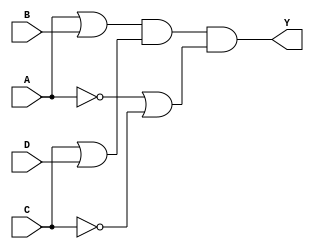
module pos_simplification (
    input wire A,      // Input A
    input wire B,      // Input B
    input wire C,      // Input C
    input wire D,      // Input D
    output wire Y      // Output Y
);

// Intermediate signals for sum terms
wire sum1;          // A + B
wire sum2;          // C + D
wire sum3;          // A' + C'

// Sum term 1: A + B
assign sum1 = A | B;

// Sum term 2: C + D
assign sum2 = C | D;

// Sum term 3: A' + C'
assign sum3 = ~A | ~C;

// Final output Y is the AND of all sum terms
assign Y = sum1 & sum2 & sum3;

endmodule